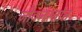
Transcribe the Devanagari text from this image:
जीवनस्त्रोत